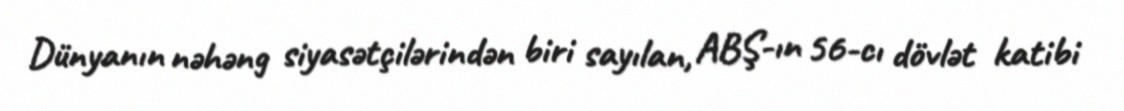
Dünyanın nəhəng siyasətçilərindən biri sayılan, ABŞ-ın 56-cı dövlət katibi